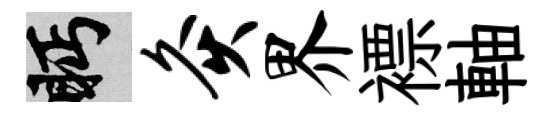
眄灸界褾軸